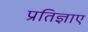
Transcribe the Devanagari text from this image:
प्रतिज्ञाए